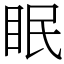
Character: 眠